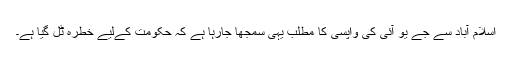
اسلام آباد سے جے یو آئی کی واپسی کا مطلب یہی سمجھا جارہا ہے کہ حکومت کےلیے خطرہ ٹل گیا ہے۔